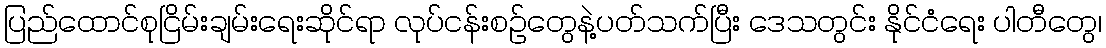
ပြည်ထောင်စုငြိမ်းချမ်းရေးဆိုင်ရာ လုပ်ငန်းစဉ်တွေနဲ့ပတ်သက်ပြီး ဒေသတွင်း နိုင်ငံရေး ပါတီတွေ၊